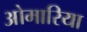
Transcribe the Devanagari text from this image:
ओमारिया